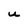
Character: U